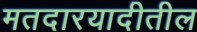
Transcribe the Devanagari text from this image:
मतदारयादीतील